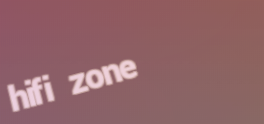
hifi zone